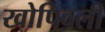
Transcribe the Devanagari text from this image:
खोपिवली